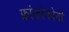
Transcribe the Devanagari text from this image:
फ्रांकोफोनी